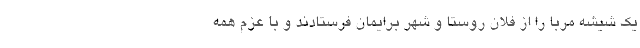
یک شیشه مربا را از فلان روستا و شهر برایمان فرستادند و با عزم همه